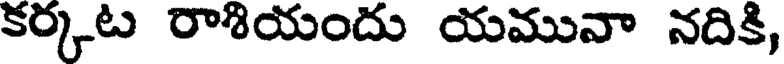
కర్కట రాశియందు యమునా నదికి,